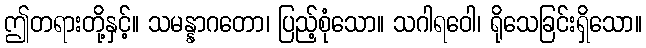
ဤတရားတို့နှင့်။ သမန္နာဂတော၊ ပြည့်စုံသော။ သဂါရဝေါ၊ ရိုသေခြင်းရှိသော။